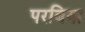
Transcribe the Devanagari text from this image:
परबिया